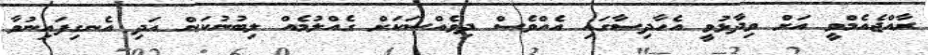
ރާއްޖެއެމްވީ އަށް ވިދާޅުވީ އެހާދިސާގައި އެއްވެސް ދިވެއްސަކަށް ގެއްލުމެއް ލިބުނުކަން އަދި އެނގިފައިނުވާ